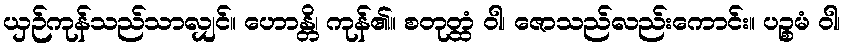
ယှဉ်ကုန်သည်သာလျှင်။ ဟောန္တိ၊ ကုန်၏။ စတုတ္ထံ ဝါ၊ ဇောသည်လည်းကောင်း။ ပဉ္စမံ ဝါ၊